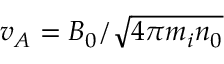
v _ { A } = B _ { 0 } / \sqrt { 4 \pi m _ { i } n _ { 0 } }